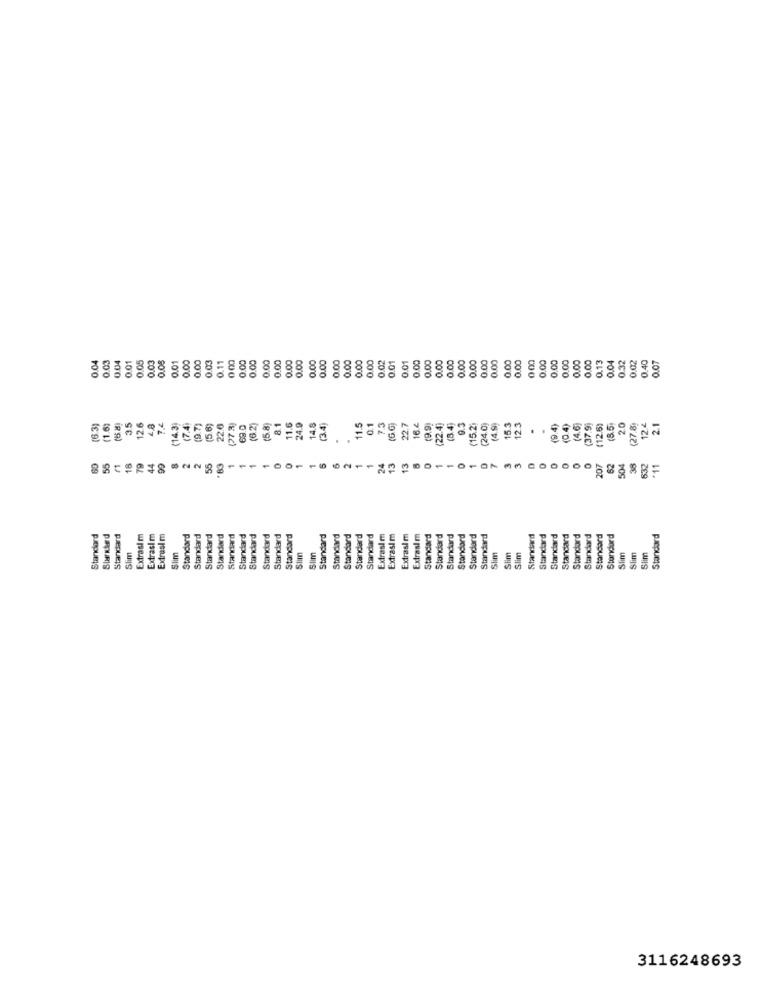
0.04
0.01
0.05
0.01
0.00
0.00
0 00
0.00
0.00
0.00
0.00
0.00
0.00
0.00
0.00
0.00
0.00
0.00
0.02
0.01
0.00
0.00
0.00
0.00
0.00
0.00
0.00
0.00
0.00
0.00
0.00
0.00
0.00
0.13
0.04
0.32
0.02
0.40
0.07
0.04
0.03
0.05
0.03
0.03
0.11
0.01
0.00
0.00
73
6.G
(6.3)
(1.63
3.5
12.6
(14.3)
7.4
(9.7)
(5.6)
22.0
(273)
(6.2)
(5.8)
8.1
11.6
24.9
14.8
(34)
11.5
0.1
22.7
16 4
22.4)
(8.4)
9.3
(15.2.
(24.0)
15.3
12.3
(9.4)
(0.4)
(37.9]
(8.5
20
(27.8.
12.4
2.1
. .
60
1
1
0
0
1
13
0
3
3
18
79
44
55
.83
24
13
207
62
504
632
11
Standard
Starkterd
Standard
Extrasi m
Extrasl m
Extrasim
Standard
Standard
Standard
Standard
Standard
Standard
Standard
Standard
Standard
Standard
Standard
Standard
Standard
Standard
Standard
Extrasim
Extrasi m
Extrasl m
Extrasi m
Standard
Standard
Standard
Standard
Standard
Standard
Standard
Standard
Standard
Standard
Standard
Standard
Standard
Standard
Standard
Slim
Slim
Slim
Slim
Slim
Slim
Sim
3116248693